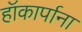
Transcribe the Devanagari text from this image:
हॉकार्पाना